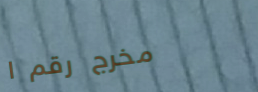
مخرج رقم ١